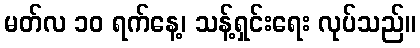
မတ်လ ၁၀ ရက်နေ့၊ သန့်ရှင်းရေး လုပ်သည်။